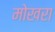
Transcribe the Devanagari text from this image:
मोखरा